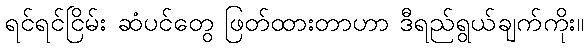
ရင်ရင်ငြိမ်း ဆံပင်တွေ ဖြတ်ထားတာဟာ ဒီရည်ရွယ်ချက်ကိုး။